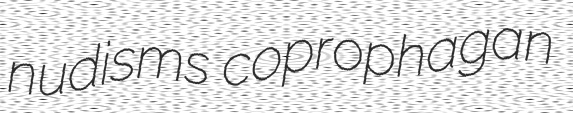
nudisms coprophagan